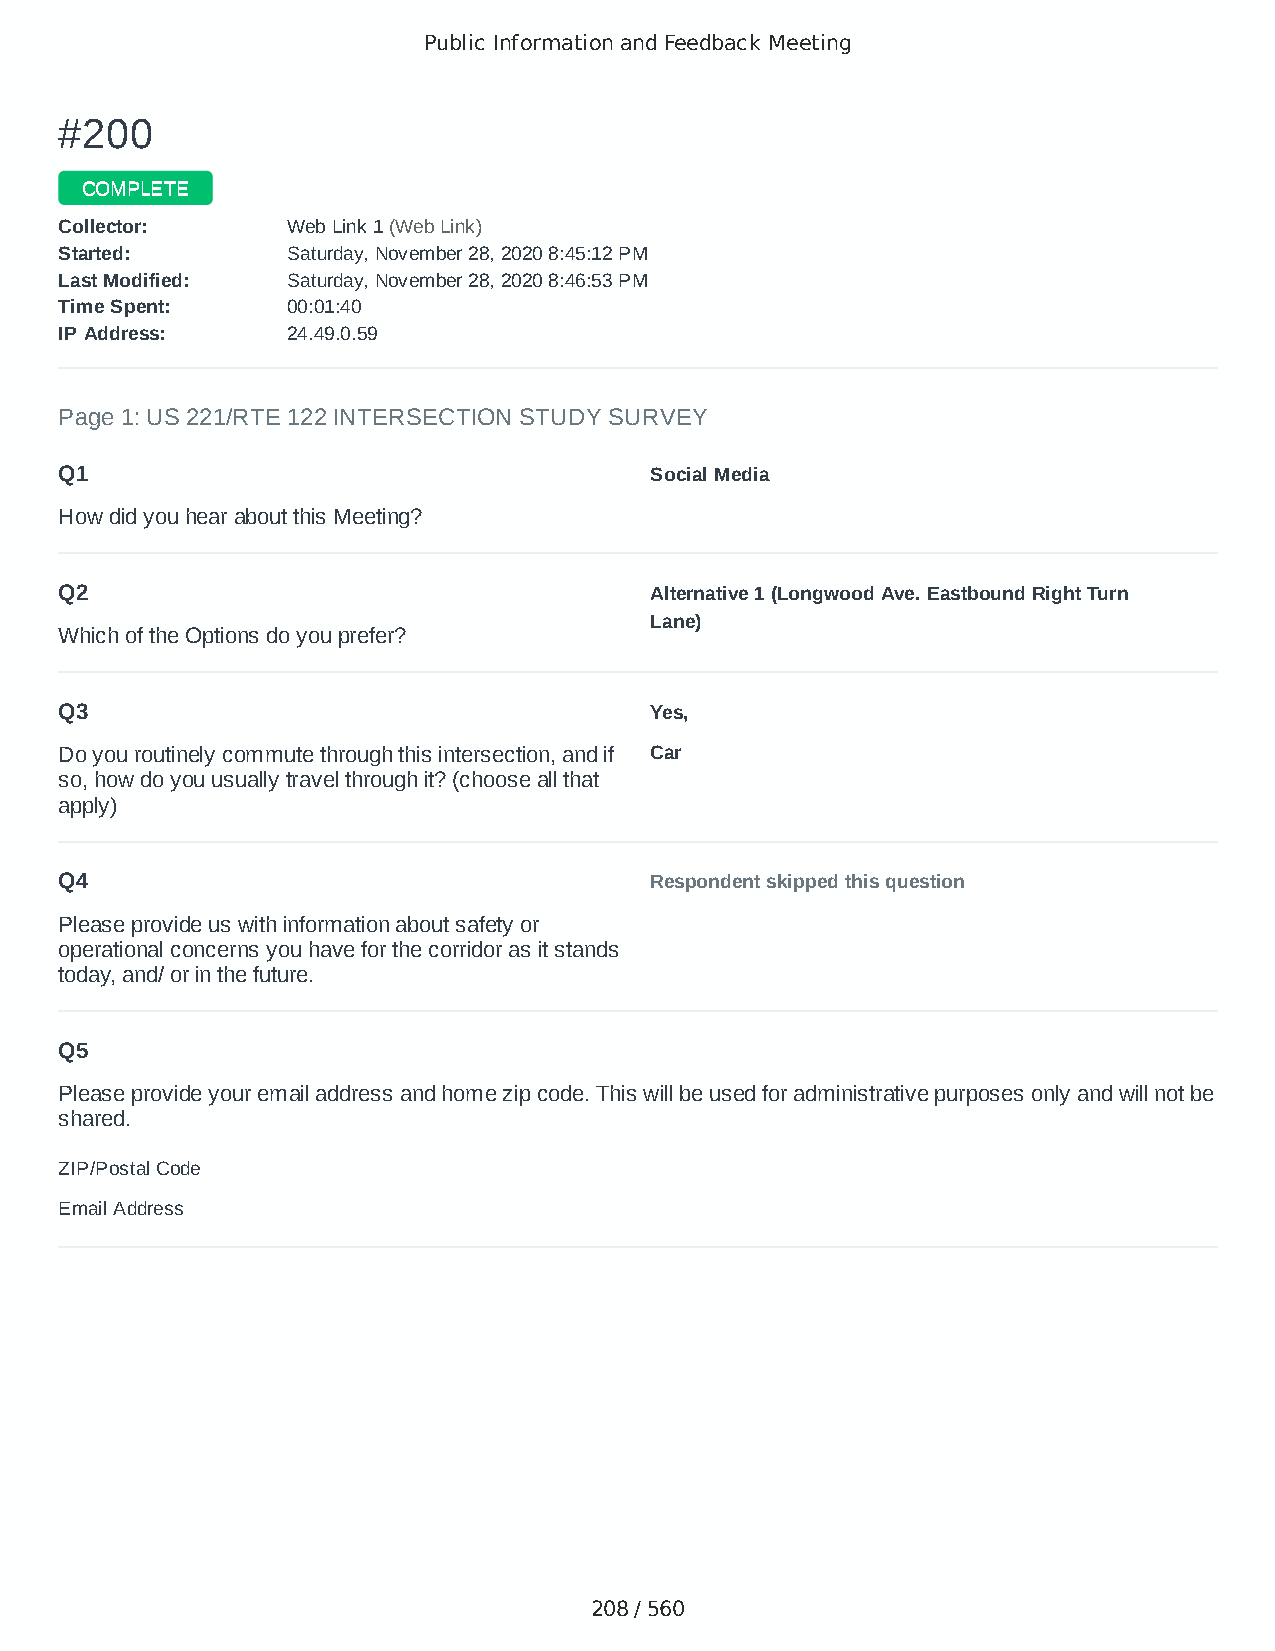
Public Information and Feedback Meeting
 ##220000
 CCOOMMPPLLEETTEE
 CCoolllleeccttoorr:: WWeebb LLiinnkk 11 ((WWeebb LLiinnkk))
 SSttaarrtteedd:: SSaattuurrddaayy,, NNoovveemmbbeerr 2288,, 22002200 88::4455::1122 PPMM
 LLaasstt MMooddiiffiieedd:: SSaattuurrddaayy,, NNoovveemmbbeerr 2288,, 22002200 88::4466::5533 PPMM
 TTiimmee SSppeenntt:: 0000::0011::4400
 IIPP AAddddrreessss:: 2244..4499..00..5599
 Page 1: US 221/RTE 122 INTERSECTION STUDY SURVEY
 Q1                                     Social Media
 How did you hear about this Meeting?
 Q2                                     Alternative 1 (Longwood Ave. Eastbound Right Turn
 Lane)
 Which of the Options do you prefer?
 Q3                                     Yes,
 Do you routinely commute through this intersection, and if Car
 so, how do you usually travel through it? (choose all that
 apply)
 Q4                                     Respondent skipped this question
 Please provide us with information about safety or
 operational concerns you have for the corridor as it stands
 today, and/ or in the future.
 Q5
 Please provide your email address and home zip code. This will be used for administrative purposes only and will not be
 shared.
 ZIP/Postal Code                        2452
 Email Address                          .
 208 / 560